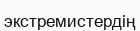
экстремистердің